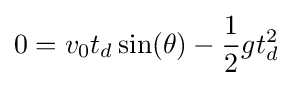
0=v_{0}t_{d}\sin(\theta )-{\frac {1}{2}}gt_{d}^{2}